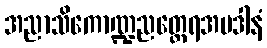
အညာသိကောဏ္ဍညတ္ထေရအပဒါနံ